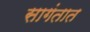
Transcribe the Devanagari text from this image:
सागंतात